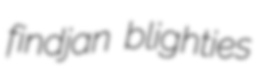
findjan blighties